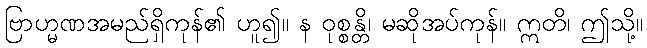
ဗြာဟ္မဏအမည်ရှိကုန်၏ ဟူ၍။ န ဝုစ္စန္တိ၊ မဆိုအပ်ကုန်။ ဣတိ၊ ဤသို့။